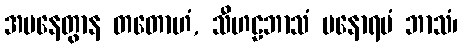
အပနေတွာန တတောဟံ, သီဟဠဘာသံ မနောရမံ ဘာသံ၊